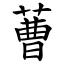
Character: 蓸